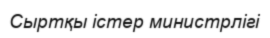
Сыртқы істер министрлігі